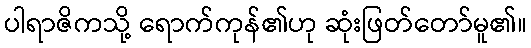
ပါရာဇိကသို့ ရောက်ကုန်၏ဟု ဆုံးဖြတ်တော်မူ၏။